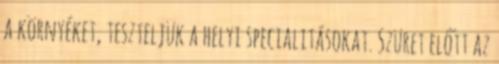
a környéket, teszteljük a helyi specialitásokat. Szüret előtt az